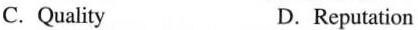
C.Quality